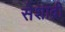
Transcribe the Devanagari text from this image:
सेशाद्री